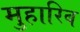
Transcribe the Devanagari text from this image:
मुहारिब